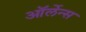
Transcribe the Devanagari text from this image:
ऑर्लेन्स